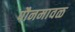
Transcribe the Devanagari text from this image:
पौनमावळ